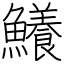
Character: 鱶